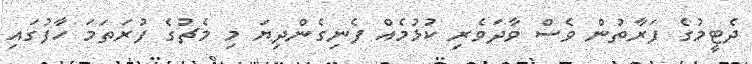
ދެޓީމުގެ ފަރާތުން ވެސް ވާދަވެރި ކުޅުމެއް ފެނިގެންދިޔަ މި މެޗުގެ ފުރަތަމަ ހާފުގައި